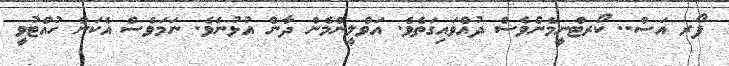
ފޯރ އަސް.. ކޯރޓްނީމެންވެސް ދުއްވައިގަތެވެ. އަވްލީންމެން ދާން އުޅުނެވެ. ނަމަވެސް އެކަން ހުއްޓުވީ